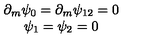
\begin{array} { c } { \partial _ { m } \psi _ { 0 } = \partial _ { m } \psi _ { 1 2 } = 0 } \\ { \psi _ { 1 } = \psi _ { 2 } = 0 } \\ \end{array}